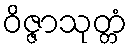
ဝိဇ္ဇာသုတ္တံ